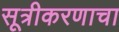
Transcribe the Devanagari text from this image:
सूत्रीकरणाचा